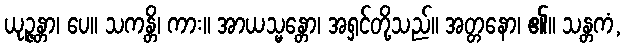
ယုဉ္ဇန္တာ၊ ပေ။ သကန္တိ၊ ကား။ အာယသ္မန္တော၊ အရှင်တို့သည်။ အတ္တနော၊ ၏။ သန္တကံ,